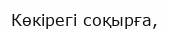
Көкірегі соқырға,